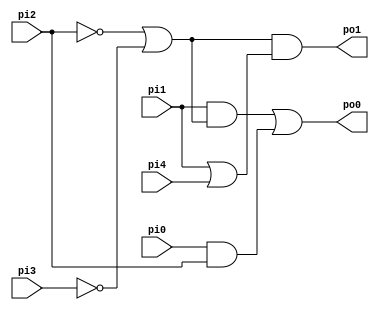
// Benchmark "C17.iscas" written by ABC on Thu Mar 19 13:02:36 2020

module C17_iscas  ( 
    pi0, pi1, pi2, pi3, pi4,
    po0, po1  );
  input  pi0, pi1, pi2, pi3, pi4;
  output po0, po1;
  wire new_n10_;
  assign po0 = (pi1 & new_n10_) | (pi0 & pi2);
  assign po1 = new_n10_ & (pi1 | pi4);
  assign new_n10_ = ~pi2 | ~pi3;
endmodule